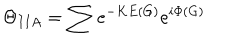
\Theta _ { I I A } = \sum e ^ { - K E ( G ) } e ^ { i \Phi ( G ) }